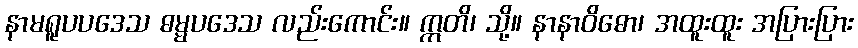
နာမရူပပဒေသ ဓမ္မပဒေသ လည်းကောင်း။ ဣတိ၊ သို့။ နာနာဝိဓော၊ အထူးထူး အပြားပြား